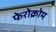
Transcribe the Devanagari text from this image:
फेरोक्रोम